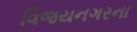
વિજયનગરના